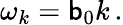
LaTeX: \omega_{k}=\mathsf{b}_{0}k\, .